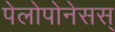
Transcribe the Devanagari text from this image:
पेलोपोनेसस्